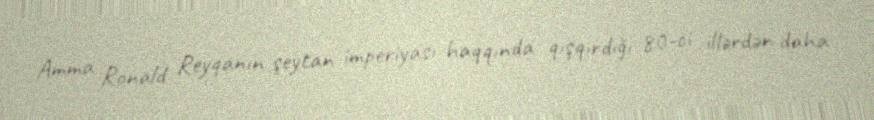
Amma Ronald Reyqanın şeytan imperiyası haqqında qışqırdığı 80-ci illərdən daha